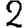
Digit: 2